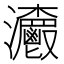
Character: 𤅨